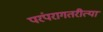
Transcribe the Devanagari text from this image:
परंपरागतरीत्या